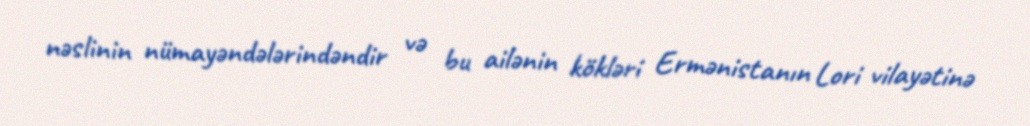
nəslinin nümayəndələrindəndir və bu ailənin kökləri Ermənistanın Lori vilayətinə